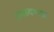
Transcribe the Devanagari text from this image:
रामायणफ़